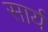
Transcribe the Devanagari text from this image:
सार्य